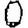
Digit: 0